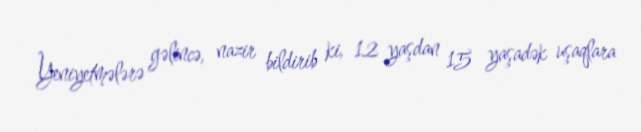
Yeniyetmələrə gəlincə, nazir bildirib ki, 12 yaşdan 15 yaşadək uşaqlara